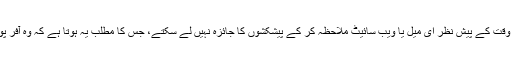
بسا اوقات تاجر قلت وقت کے پیش نظر ای میل یا ویب سائیٹ ملاحظہ کر کے پیشکشوں کا جائزہ نہیں لے سکتے، جس کا مطلب یہ ہوتا ہے کہ وہ آفر پوزیشن کھو دیں گے۔